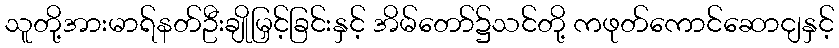
သူတို့အားမာရ်နတ်ဦးချိုမြှင့်ခြင်းနှင့် အိမ်တော်၌သင်တို့ ကဖုတ်ကောင်ဆောငျနှင့်